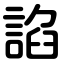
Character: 諂